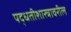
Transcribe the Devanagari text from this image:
पद्धतीशास्त्रावरील